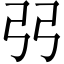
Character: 弜